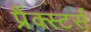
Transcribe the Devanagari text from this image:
प्रैंक्स्टर्स